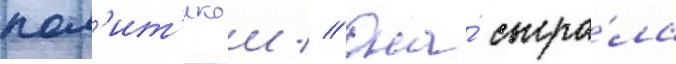
пол'ит'икои // Она́ сыгра́ла